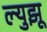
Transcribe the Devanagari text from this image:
ल्युझू